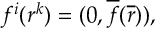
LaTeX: f ^ { i } ( r ^ { k } ) = ( 0 , { \overline { { f } } } ( \overline { { r } } ) ) ,